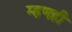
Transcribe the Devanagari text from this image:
म्हणही